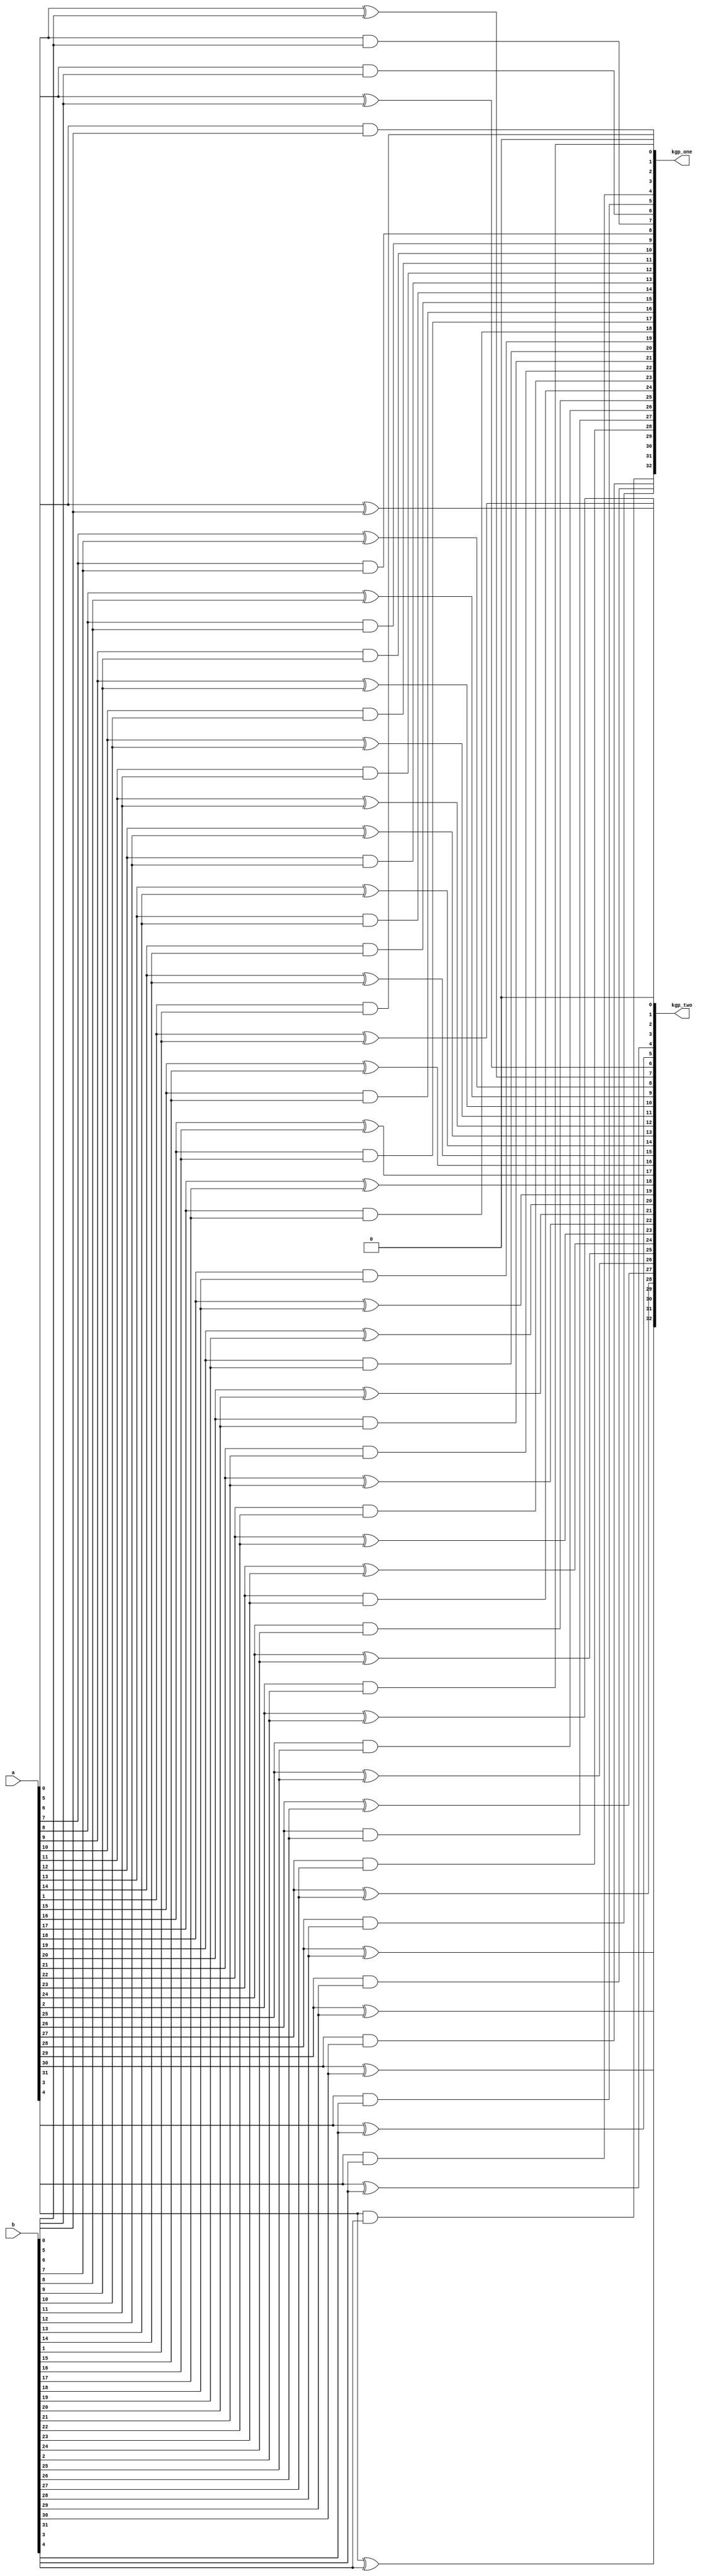
module KGP(a, b, kgp_one, kgp_two);
input [31:0] a;
input [31:0] b;
output [32:0] kgp_one;
output [32:0] kgp_two;

assign kgp_one[0] = 1'b0;
assign kgp_two[0] = 1'b0;
generate
	genvar i;
	for(i=1; i<33; i=i+1) begin
		assign kgp_one[i] = a[i-1]&b[i-1];
		assign kgp_two[i] = a[i-1]^b[i-1];
	end
endgenerate

endmodule